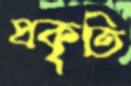
প্রকৃতি